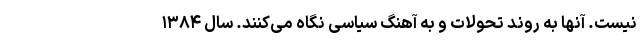
نیست. آنها به روند تحولات و به آهنگ سیاسی نگاه می‌کنند. سال ۱۳۸۴